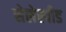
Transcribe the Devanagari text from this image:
सेलेस्पीड